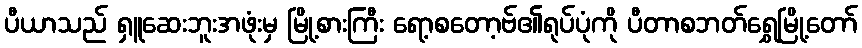
ပီယာသည် ရှူဆေးဘူးအဖုံးမှ မြို့စားကြီး ရော့စတော့ဗ်၏ရုပ်ပုံကို ပီတာစဘတ်ရွှေမြို့တော်